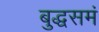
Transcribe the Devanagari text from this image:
बुद्धसमं